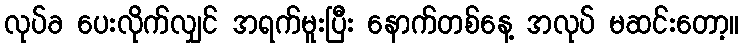
လုပ်ခ ပေးလိုက်လျှင် အရက်မူးပြီး နောက်တစ်နေ့ အလုပ် မဆင်းတော့။